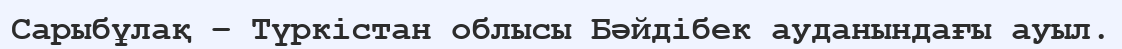
Сарыбұлақ – Түркістан облысы Бәйдібек ауданындағы ауыл.